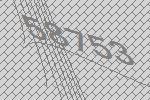
58753